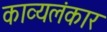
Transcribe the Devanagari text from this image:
काव्यलंकार